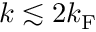
k \lesssim 2 k _ { \mathrm { F } }